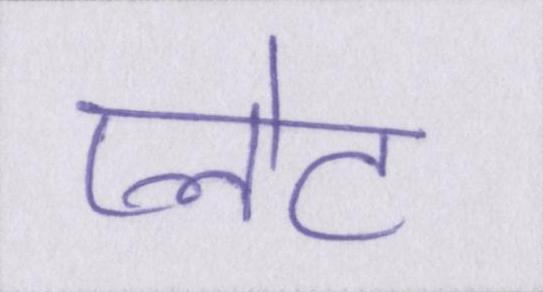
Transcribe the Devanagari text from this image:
प्लेट